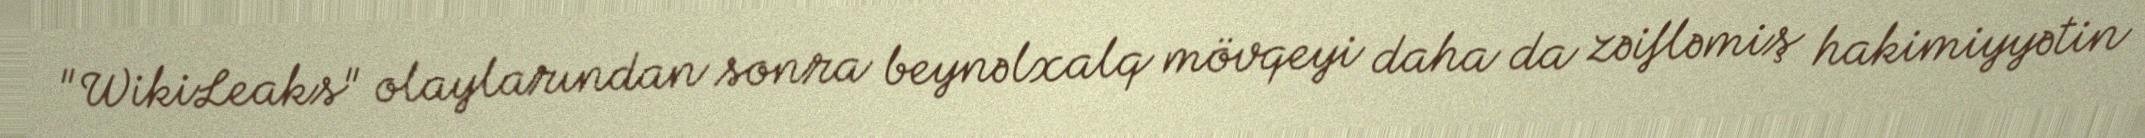
"WikiLeaks" olaylarından sonra beynəlxalq mövqeyi daha da zəifləmiş hakimiyyətin